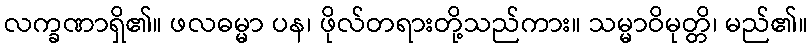
လက္ခဏာရှိ၏။ ဖလဓမ္မာ ပန၊ ဖိုလ်တရားတို့သည်ကား။ သမ္မာဝိမုတ္တိ၊ မည်၏။